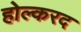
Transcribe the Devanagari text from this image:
होल्करद